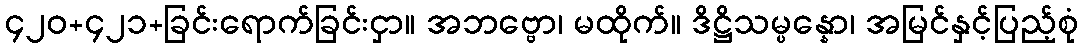
၄၂၀+၄၂၁+ခြင်းရောက်ခြင်းငှာ။ အဘဗ္ဗော၊ မထိုက်။ ဒိဋ္ဌိသမ္ပန္နော၊ အမြင်နှင့်ပြည့်စုံ